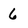
Character: 6